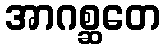
အာဂစ္ဆတေ